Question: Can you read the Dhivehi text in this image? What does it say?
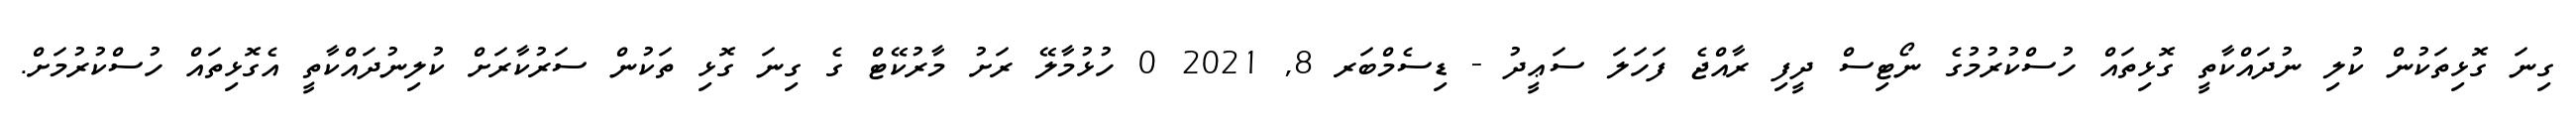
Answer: ގިނަ ގޮޅިތަކުން ކުލި ނުދައްކާތީ ގޮޅިތައް ހުސްކުރުމުގެ ނޯޓިސް ދީފި ރާއްޖެ ފަހަލަ ސަޢީދު - ޑިސެމްބަރ 8, 2021 0 ހުޅުމާލޭ ރަށު މާރުކޭޓް ގެ ގިނަ ގޮޅި ތަކުން ސަރުކާރަށް ކުލިނުދައްކާތީ އެގޮޅިތައް ހުސްކުރުމަށް.